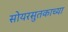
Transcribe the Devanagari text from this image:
सोयरसुतकाच्या